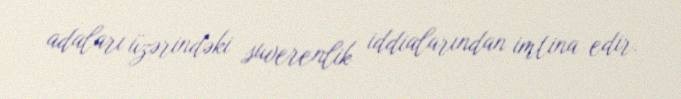
adaları üzərindəki suverenlik iddialarından imtina edir.